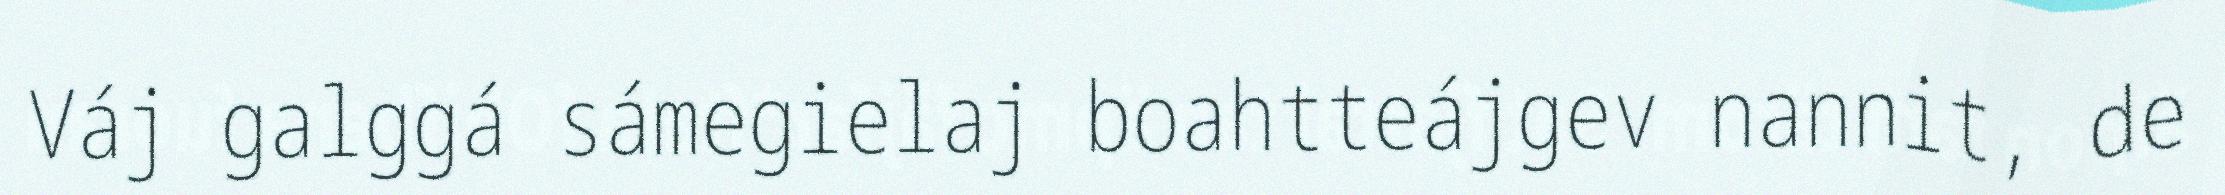
Váj galggá sámegielaj boahtteájgev nannit, de